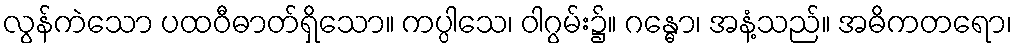
လွန်ကဲသော ပထဝီဓာတ်ရှိသော။ ကပ္ပါသေ၊ ဝါဂွမ်း၌။ ဂန္ဓော၊ အနံ့သည်။ အဓိကတရော၊